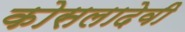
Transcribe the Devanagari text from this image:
कोसलादेवी